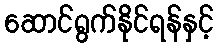
ဆောင်ရွက်နိုင်ရန်နှင့်